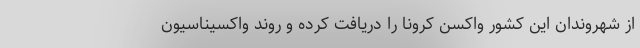
از شهروندان‌ این کشور واکسن کرونا را دریافت کرده و روند واکسیناسیون